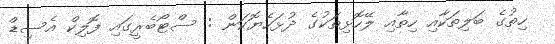
ހިތުގެ ބަލިތަކާއި ހިތާއި ލޭހޮޅިތަކުގެ ދުޅަހެޔޮކަން : ސްޓޯބެރީގައި ފޮލިކް އެސިޑް